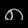
Digit: ၈